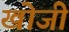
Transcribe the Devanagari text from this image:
खोजीं